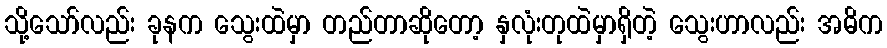
သို့သော်လည်း ခုနက သွေးထဲမှာ တည်တာဆိုတော့ နှလုံးတုထဲမှာရှိတဲ့ သွေးဟာလည်း အဓိက